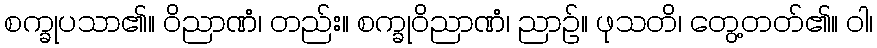
စက္ခုပသာ၏။ ဝိညာဏံ၊ တည်း။ စက္ခုဝိညာဏံ၊ ညာဉ်။ ဖုသတိ၊ တွေ့တတ်၏။ ဝါ၊